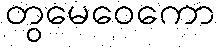
တွမေဝေကော